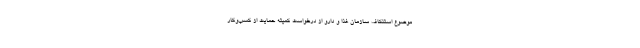
موضوع استنکاف سازمان غذا و دارو از درخواست کمیته حمایت از کسب‌وکار